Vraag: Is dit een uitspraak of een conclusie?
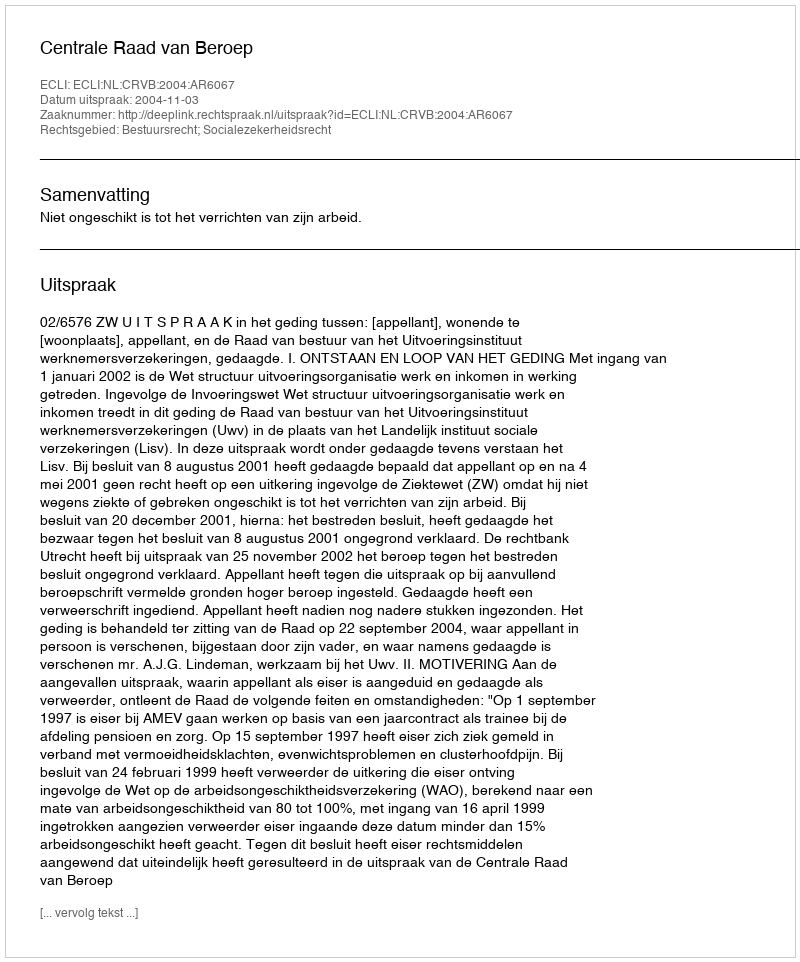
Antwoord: Uitspraak